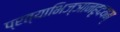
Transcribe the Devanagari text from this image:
प्रत्याभिज्ञानहृदयम्